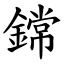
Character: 鏛